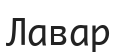
Лавар